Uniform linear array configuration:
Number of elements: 24
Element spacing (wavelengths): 0.25
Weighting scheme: kaiser
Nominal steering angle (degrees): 30
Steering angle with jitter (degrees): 28.721
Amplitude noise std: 0.05
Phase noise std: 0.05

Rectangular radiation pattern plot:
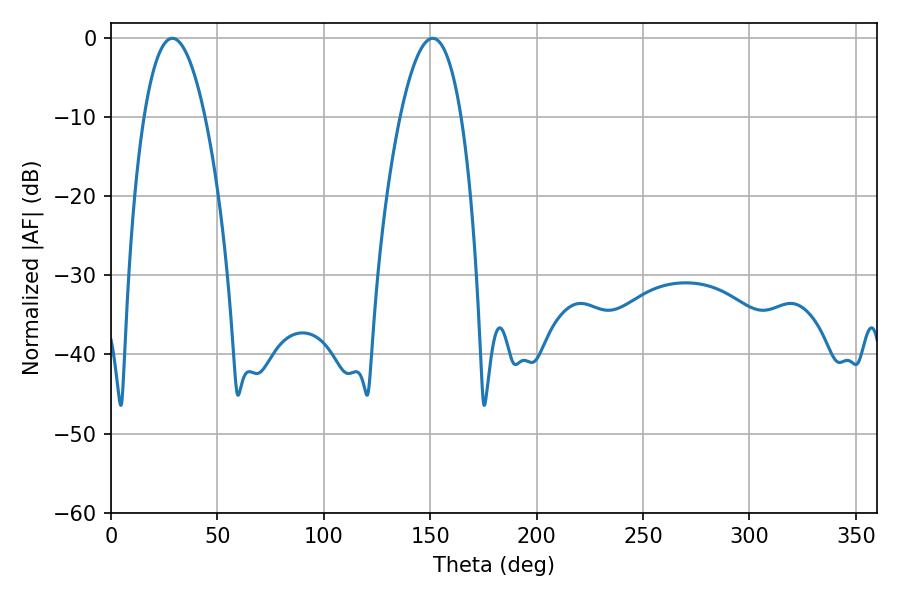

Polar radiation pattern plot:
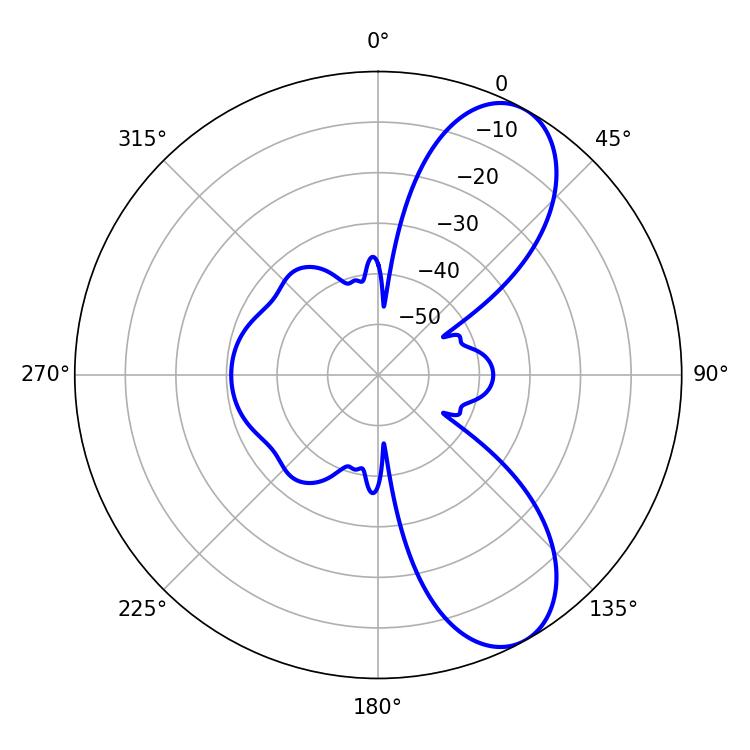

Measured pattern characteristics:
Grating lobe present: FALSE
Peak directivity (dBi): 8.42
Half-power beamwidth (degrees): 15.84
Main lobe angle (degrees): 28.8